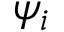
\psi _ { i }